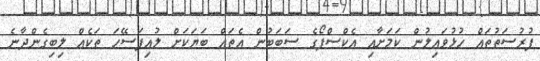
ފުރުސަތުތައް ހުޅުވައިލުން ކަމަށާއި އެކްސްޕޯގެ ސަބަބުން އެތައް ބަޔަކަށް ލުއިފަސޭހަ ތަކެއް ލިބިގެންދާނެ